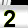
Digit: 2